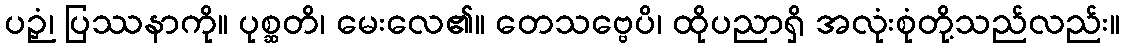
ပဉှံ၊ ပြဿနာကို။ ပုစ္ဆတိ၊ မေးလေ၏။ တေသဗ္ဗေပိ၊ ထိုပညာရှိ အလုံးစုံတို့သည်လည်း။